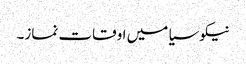
نیکوسیا میں اوقات نماز۔